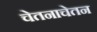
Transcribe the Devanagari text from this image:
चेतनाचेतन